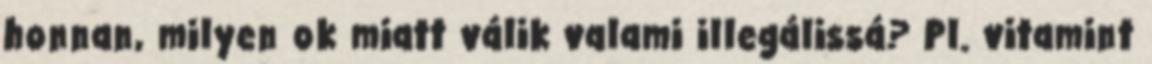
honnan, milyen ok miatt válik valami illegálissá? Pl. vitamint